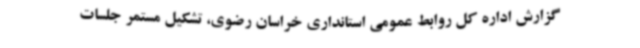
گزارش اداره کل روابط عمومی استانداری خراسان رضوی، تشکیل مستمر جلسات